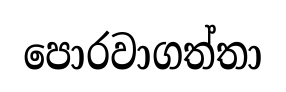
පොරවාගත්තා